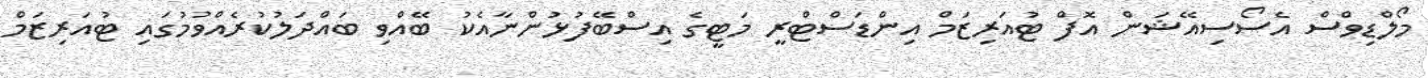
މޯލްޑިވްސް އެސޯސިއޭޝަން އޮފް ޓުއަރިޒަމް އިންޑަސްޓްރީ މަޓީގެ އިސްބޭފުޅުންނާއެކު ބޭއްވި ބައްދަލުކުރެއްވުމުގައި ޓުއަރިޒަމް